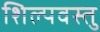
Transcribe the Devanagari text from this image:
शिल्पवस्तु